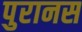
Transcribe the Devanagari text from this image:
पुरानस